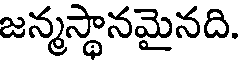
జన్మస్థానమైనది.